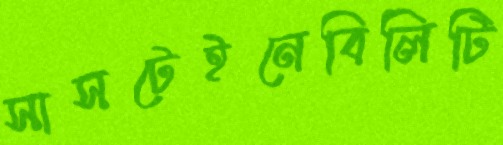
সাসটেইনেবিলিটি